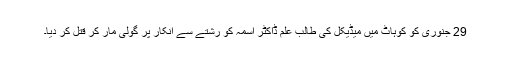
29 جنوری کو کوہاٹ میں میڈیکل کی طالب علم ڈاکٹر اسمہ کو رشتے سے انکار پر گولی مار کر قتل کر دیا۔